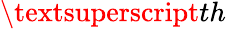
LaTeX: \textsuperscript{th}